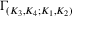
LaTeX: \Gamma _ { ( K _ { 3 } , K _ { 4 } ; K _ { 1 } , K _ { 2 } ) }